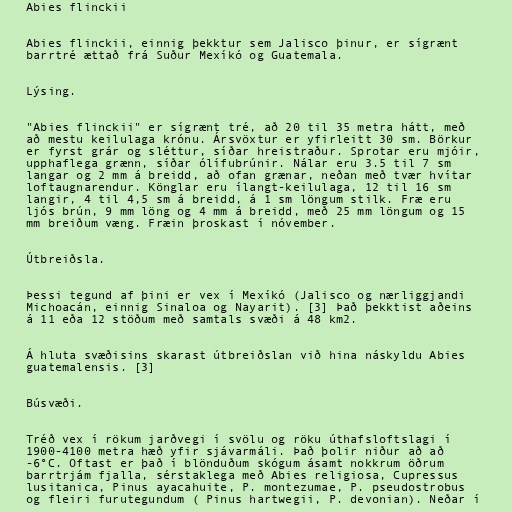
Abies flinckii

Abies flinckii, einnig þekktur sem Jalisco þinur, er sígrænt
barrtré ættað frá Suður Mexíkó og Guatemala.

Lýsing.

"Abies flinckii" er sígrænt tré, að 20 til 35 metra hátt, með
að mestu keilulaga krónu. Ársvöxtur er yfirleitt 30 sm. Börkur
er fyrst grár og sléttur, síðar hreistraður. Sprotar eru mjóir,
upphaflega grænn, síðar ólífubrúnir. Nálar eru 3.5 til 7 sm
langar og 2 mm á breidd, að ofan grænar, neðan með tvær hvítar
loftaugnarendur. Könglar eru ílangt-keilulaga, 12 til 16 sm
langir, 4 til 4,5 sm á breidd, á 1 sm löngum stilk. Fræ eru
ljós brún, 9 mm löng og 4 mm á breidd, með 25 mm löngum og 15
mm breiðum væng. Fræin þroskast í nóvember.

Útbreiðsla.

Þessi tegund af þini er vex í Mexíkó (Jalisco og nærliggjandi
Michoacán, einnig Sinaloa og Nayarit). [3] Það þekktist aðeins
á 11 eða 12 stöðum með samtals svæði á 48 km2.

Á hluta svæðisins skarast útbreiðslan við hina náskyldu Abies
guatemalensis. [3]

Búsvæði.

Tréð vex í rökum jarðvegi í svölu og röku úthafsloftslagi í
1900-4100 metra hæð yfir sjávarmáli. Það þolir niður að að
-6°C. Oftast er það í blönduðum skógum ásamt nokkrum öðrum
barrtrjám fjalla, sérstaklega með Abies religiosa, Cupressus
lusitanica, Pinus ayacahuite, P. montezumae, P. pseudostrobus
og fleiri furutegundum ( Pinus hartwegii, P. devonian). Neðar í